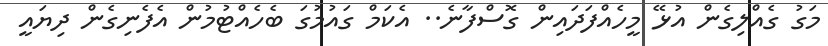
މަގު ގެއްލިގެން އުޅޭ މީހެއްފަދައިން ގޮސްފާނެ.. އެކަމް ގައުމުގަ ބެހެއްޓުމުން އެފެނިގެން ދިޔައީ